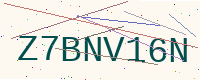
Text: Z7BNV16N